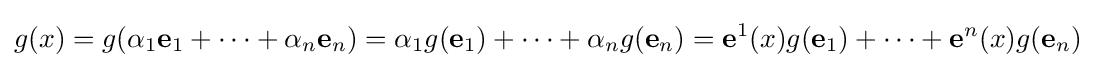
g(x)=g(\alpha _{1}\mathbf {e} _{1}+\dots +\alpha _{n}\mathbf {e} _{n})=\alpha _{1}g(\mathbf {e} _{1})+\dots +\alpha _{n}g(\mathbf {e} _{n})=\mathbf {e} ^{1}(x)g(\mathbf {e} _{1})+\dots +\mathbf {e} ^{n}(x)g(\mathbf {e} _{n})